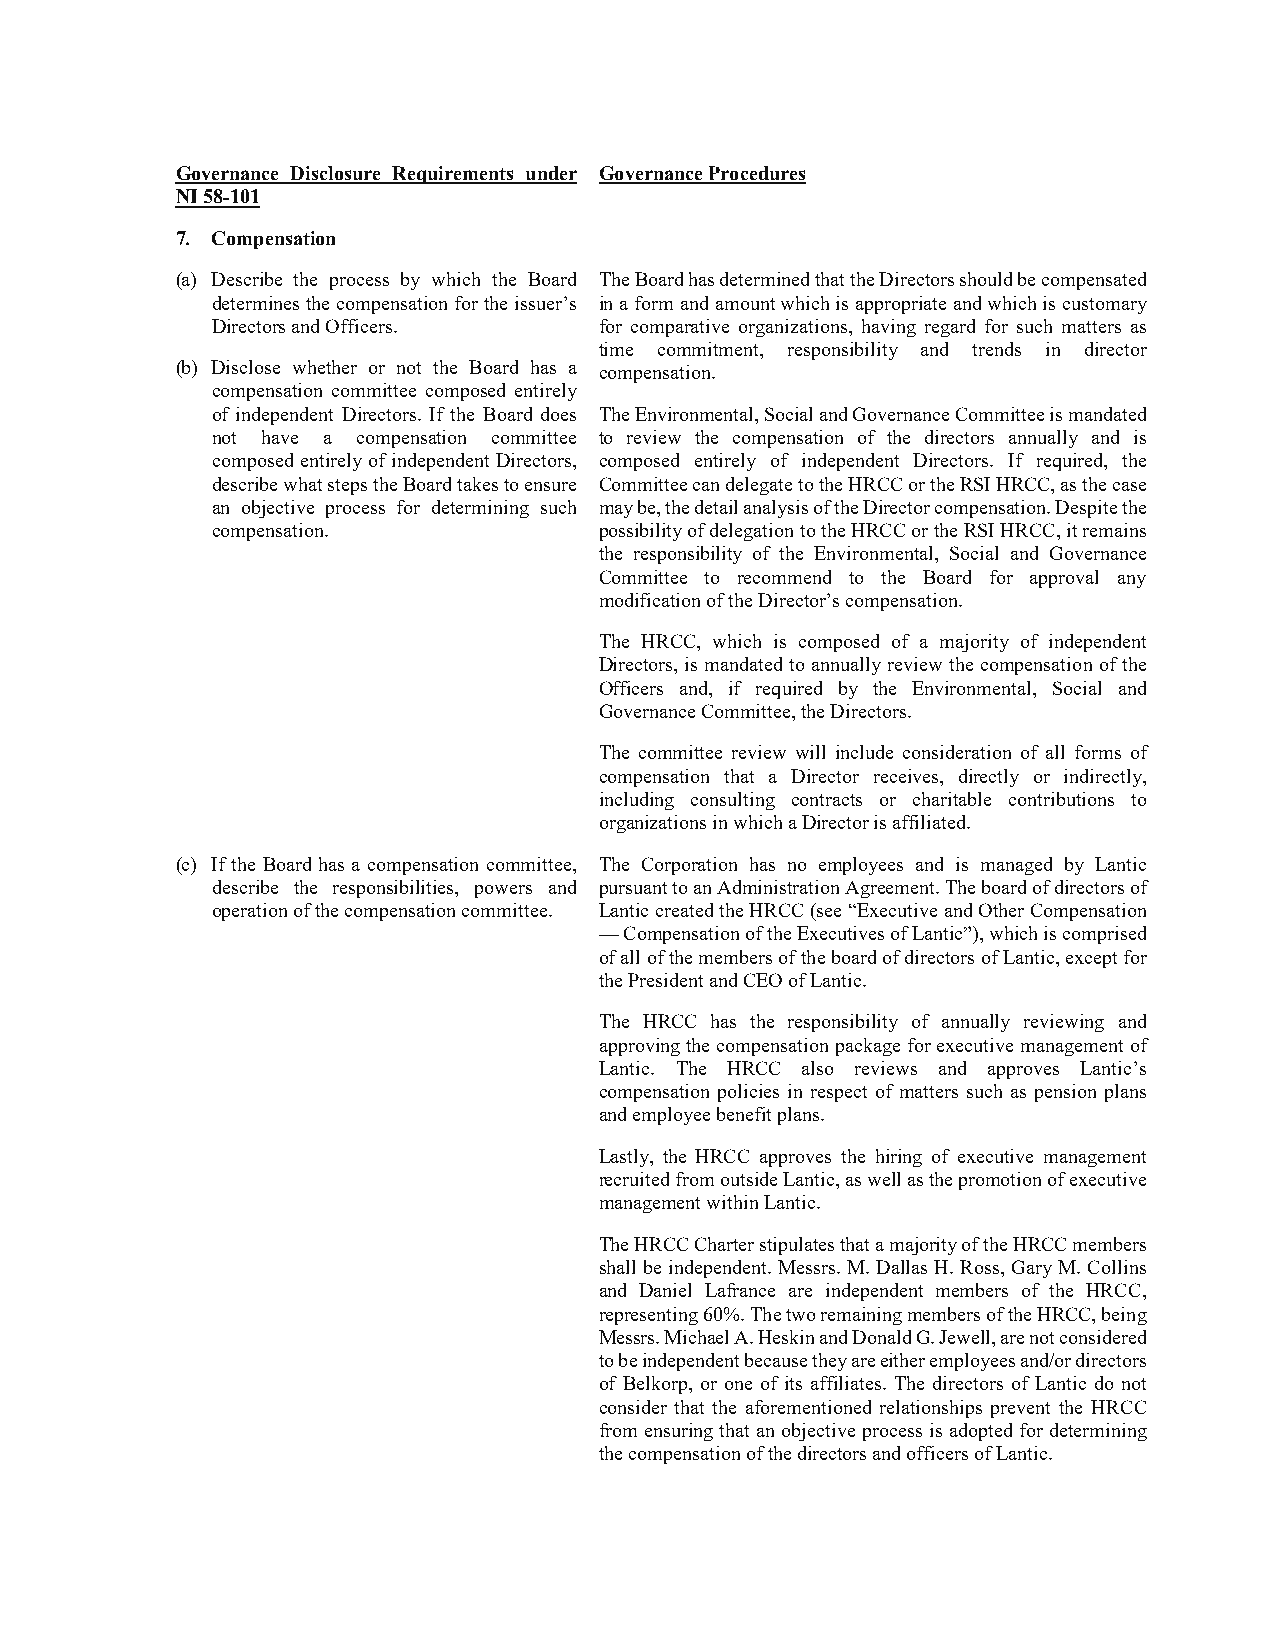
Governance Disclosure Requirements under Governance Procedures
 NI 58-101
 7. Compensation
 (a) Describe the process by which the Board The Board has determined that the Directors should be compensated
 determines the compensation for the issuer’s in a form and amount which is appropriate and which is customary
 Directors and Officers.   for comparative organizations, having regard for such matters as
 time commitment, responsibility and trends in director
 (b) Disclose whether or not the Board has a compensation.
 compensation committee composed entirely
 of independent Directors. If the Board does The Environmental, Social and Governance Committee is mandated
 not have a compensation committee to review the compensation of the directors annually and is
 composed entirely of independent Directors, composed entirely of independent Directors. If required, the
 describe what steps the Board takes to ensure Committee can delegate to the HRCC or the RSI HRCC, as the case
 an objective process for determining such may be, the detail analysis of the Director compensation. Despite the
 compensation.             possibility of delegation to the HRCC or the RSI HRCC, it remains
 the responsibility of the Environmental, Social and Governance
 Committee to recommend to the Board for approval any
 modification of the Director’s compensation.
 The HRCC, which is composed of a majority of independent
 Directors, is mandated to annually review the compensation of the
 Officers and, if required by the Environmental, Social and
 Governance Committee, the Directors.
 The committee review will include consideration of all forms of
 compensation that a Director receives, directly or indirectly,
 including consulting contracts or charitable contributions to
 organizations in which a Director is affiliated.
 (c) If the Board has a compensation committee, The Corporation has no employees and is managed by Lantic
 describe the responsibilities, powers and pursuant to an Administration Agreement. The board of directors of
 operation of the compensation committee. Lantic created the HRCC (see “Executive and Other Compensation
 — Compensation of the Executives of Lantic”), which is comprised
 of all of the members of the board of directors of Lantic, except for
 the President and CEO of Lantic.
 The HRCC has the responsibility of annually reviewing and
 approving the compensation package for executive management of
 Lantic. The HRCC also reviews and approves Lantic’s
 compensation policies in respect of matters such as pension plans
 and employee benefit plans.
 Lastly, the HRCC approves the hiring of executive management
 recruited from outside Lantic, as well as the promotion of executive
 management within Lantic.
 The HRCC Charter stipulates that a majority of the HRCC members
 shall be independent. Messrs. M. Dallas H. Ross, Gary M. Collins
 and Daniel Lafrance are independent members of the HRCC,
 representing 60%. The two remaining members of the HRCC, being
 Messrs. Michael A. Heskin and Donald G. Jewell, are not considered
 to be independent because they are either employees and/or directors
 of Belkorp, or one of its affiliates. The directors of Lantic do not
 consider that the aforementioned relationships prevent the HRCC
 from ensuring that an objective process is adopted for determining
 the compensation of the directors and officers of Lantic.